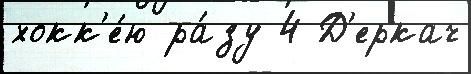
хокк'е́ю ра́зу 4 Д'еркач